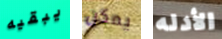
يبقيه يمكن الأدله